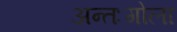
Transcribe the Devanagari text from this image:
अन्तःगोला